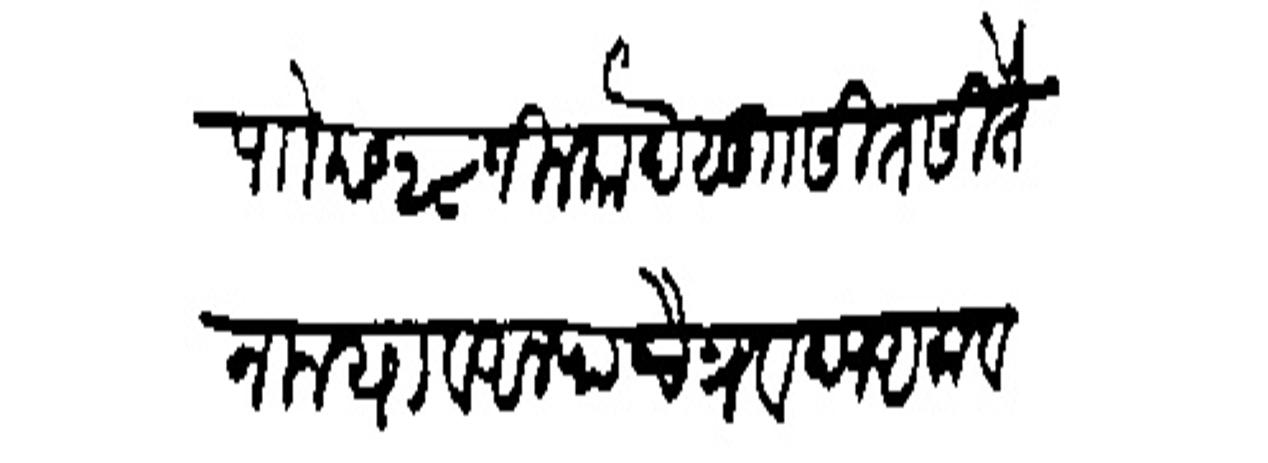
Transliteration (Devanagari): पाो छ २८ जिलकाद सुाा सीत सितेन मया व अलफ चैत्र वद्य अमावशा